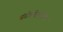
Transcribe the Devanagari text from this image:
संगीतदिग्दर्शित